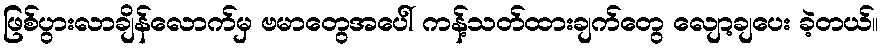
ဖြစ်ပွားလာချိန်လောက်မှ ဗမာတွေအပေါ် ကန့်သတ်ထားချက်တွေ လျော့ချပေး ခဲ့တယ်။